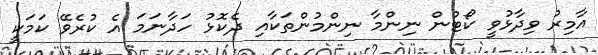
އާމިރު ވިދާޅުވީ ކޯޓުން ނިންމާ ނިންމުންތަކާއި ދެކޮޅު ހަދާނަމަ އެ ކުރެވޭ ކަމަކީ